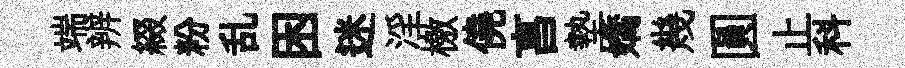
端辨綴粉乱困迷淫檄僥亯墊嬌幾圓止科